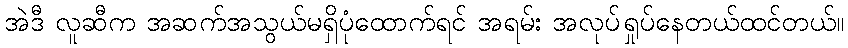
အဲဒီ လူဆီက အဆက်အသွယ်မရှိပုံထောက်ရင် အရမ်း အလုပ်ရှုပ်နေတယ်ထင်တယ်။